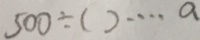
5 0 0 \div ( ) \cdots a